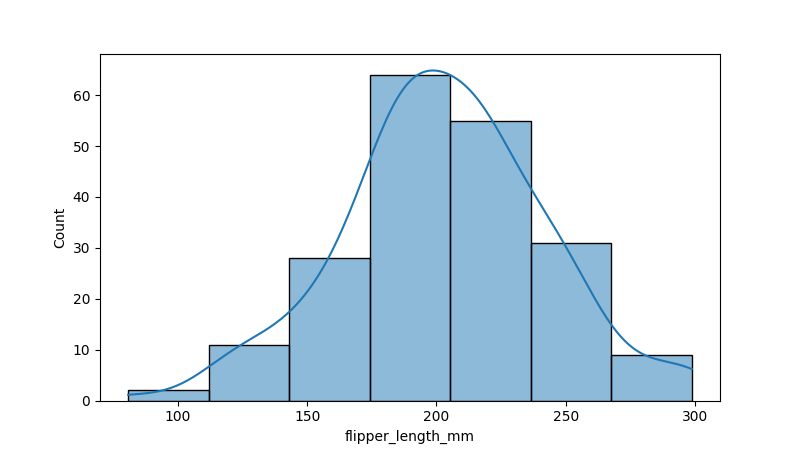
python, seaborn, histplot, hue='all', binwidth=30, bins='20', element='bars'